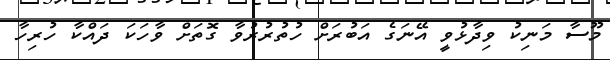
މޫސާ މަނިކު ވިދާޅުވީ އޭނަގެ އަބުރަށް ހުތުރުރުވާ ގޮތަށް ވާހަކަ ދައްކާ ހުރިހާ